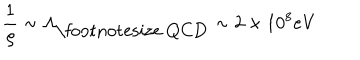
\frac { 1 } { \varrho } \sim \Lambda _ { \mathrm { \footnotesize ~ Q C D } } \sim 2 \times 1 0 ^ { 8 } \mathrm { e V }